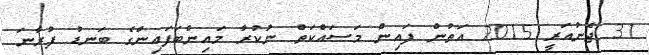
31 ޖެނުއަރީ 2015 އަތުން ފައިން މަސައްކަތް ނުކުރާ މައިންބަފައިންގެ ބަނޑު ފުރާނަ